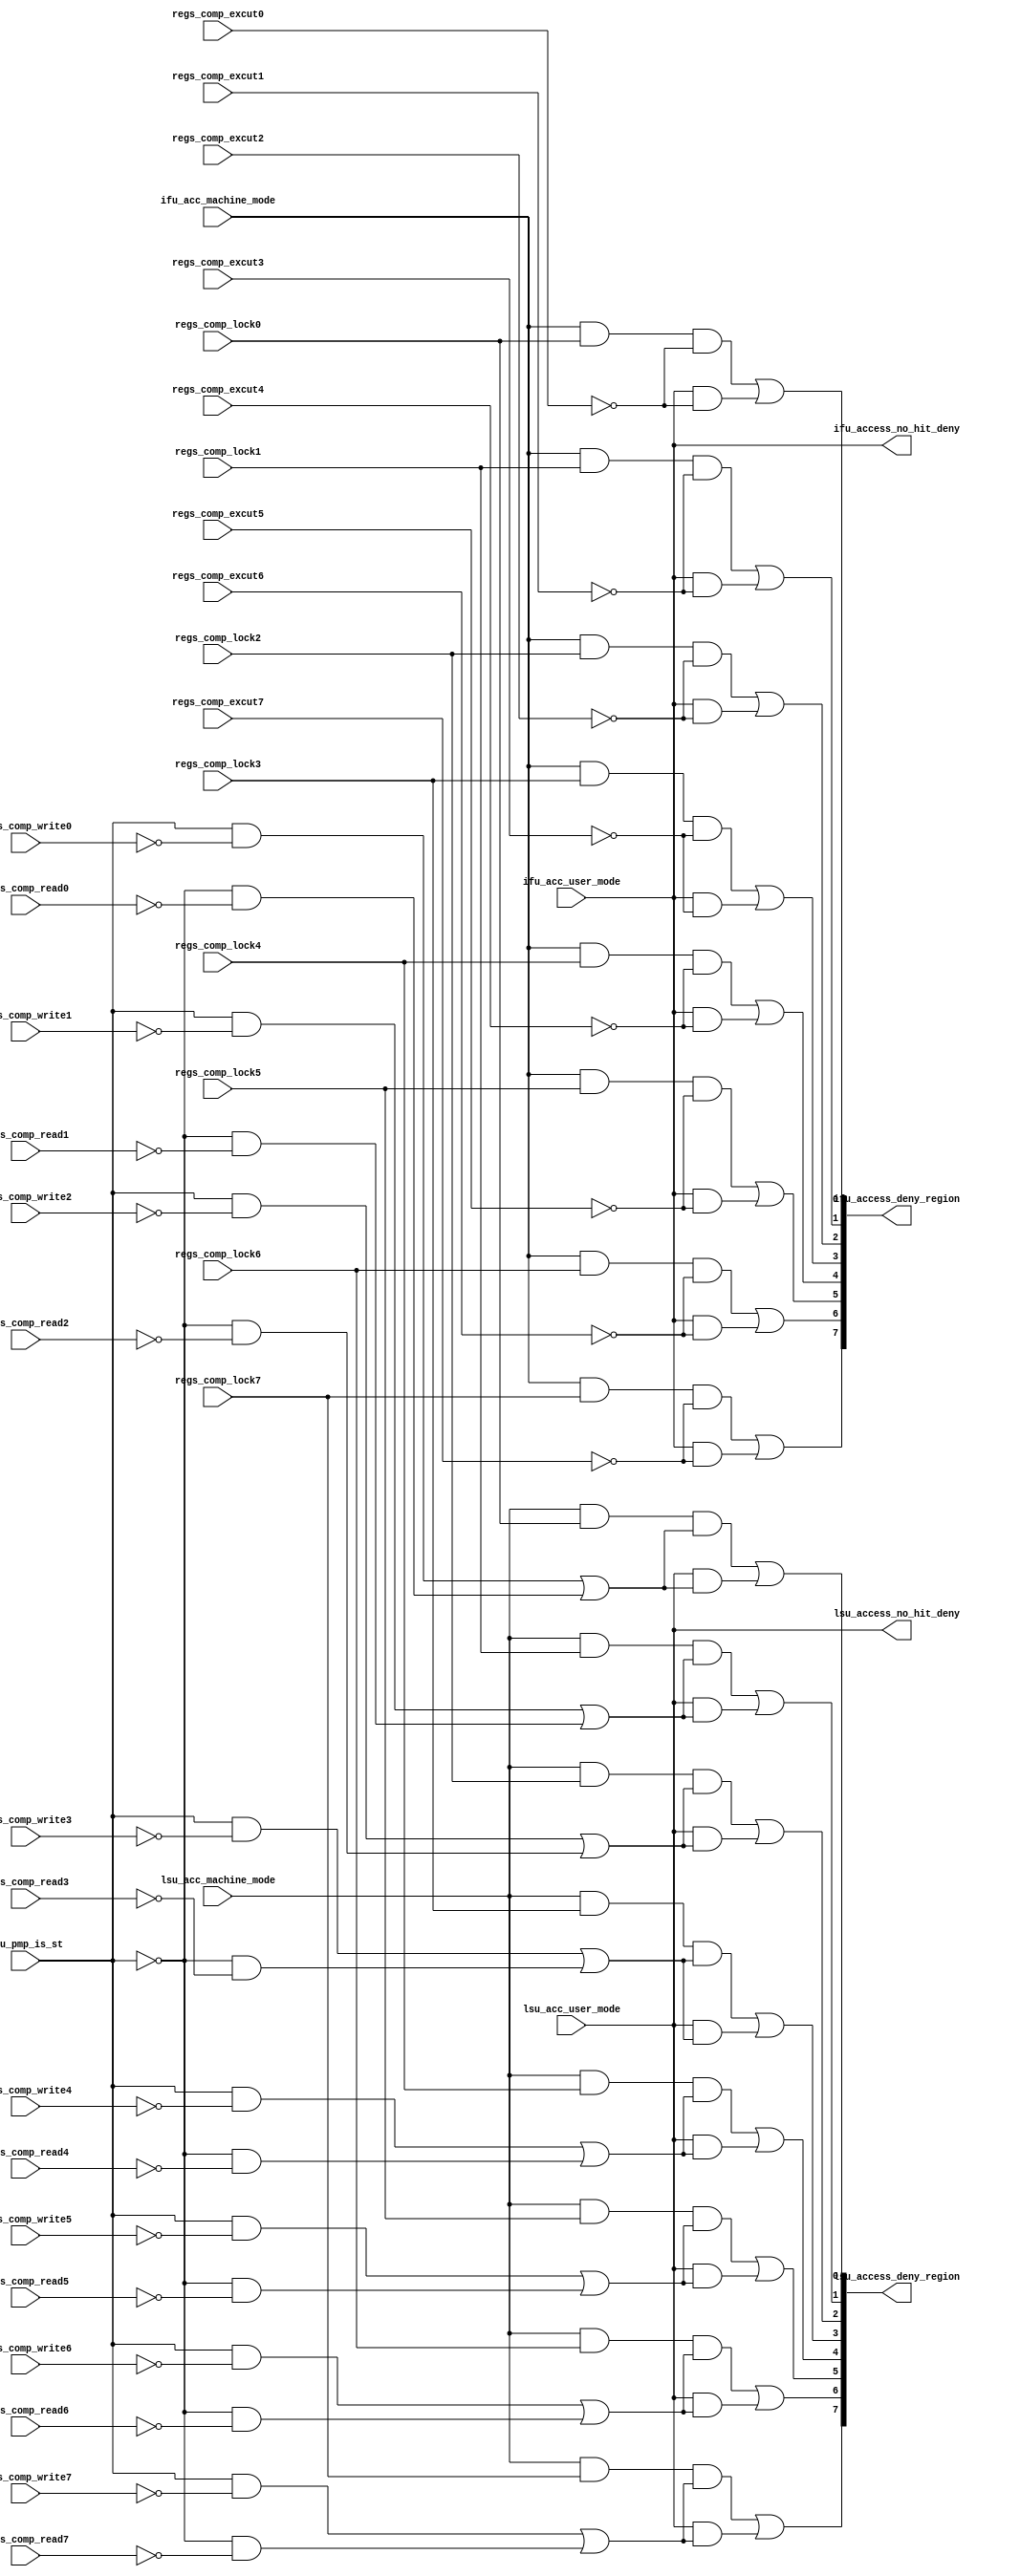
/*Copyright 2020-2021 T-Head Semiconductor Co., Ltd.

Licensed under the Apache License, Version 2.0 (the "License");
you may not use this file except in compliance with the License.
You may obtain a copy of the License at

    http://www.apache.org/licenses/LICENSE-2.0

Unless required by applicable law or agreed to in writing, software
distributed under the License is distributed on an "AS IS" BASIS,
WITHOUT WARRANTIES OR CONDITIONS OF ANY KIND, either express or implied.
See the License for the specific language governing permissions and
limitations under the License.
*/
module pa_pmp_acc_arb(
  ifu_acc_machine_mode,
  ifu_acc_user_mode,
  ifu_access_deny_region,
  ifu_access_no_hit_deny,
  lsu_acc_machine_mode,
  lsu_acc_user_mode,
  lsu_access_deny_region,
  lsu_access_no_hit_deny,
  lsu_pmp_is_st,
  regs_comp_excut0,
  regs_comp_excut1,
  regs_comp_excut2,
  regs_comp_excut3,
  regs_comp_excut4,
  regs_comp_excut5,
  regs_comp_excut6,
  regs_comp_excut7,
  regs_comp_lock0,
  regs_comp_lock1,
  regs_comp_lock2,
  regs_comp_lock3,
  regs_comp_lock4,
  regs_comp_lock5,
  regs_comp_lock6,
  regs_comp_lock7,
  regs_comp_read0,
  regs_comp_read1,
  regs_comp_read2,
  regs_comp_read3,
  regs_comp_read4,
  regs_comp_read5,
  regs_comp_read6,
  regs_comp_read7,
  regs_comp_write0,
  regs_comp_write1,
  regs_comp_write2,
  regs_comp_write3,
  regs_comp_write4,
  regs_comp_write5,
  regs_comp_write6,
  regs_comp_write7
);

// &Ports; @25
input          ifu_acc_machine_mode;  
input          ifu_acc_user_mode;     
input          lsu_acc_machine_mode;  
input          lsu_acc_user_mode;     
input          lsu_pmp_is_st;         
input          regs_comp_excut0;      
input          regs_comp_excut1;      
input          regs_comp_excut2;      
input          regs_comp_excut3;      
input          regs_comp_excut4;      
input          regs_comp_excut5;      
input          regs_comp_excut6;      
input          regs_comp_excut7;      
input          regs_comp_lock0;       
input          regs_comp_lock1;       
input          regs_comp_lock2;       
input          regs_comp_lock3;       
input          regs_comp_lock4;       
input          regs_comp_lock5;       
input          regs_comp_lock6;       
input          regs_comp_lock7;       
input          regs_comp_read0;       
input          regs_comp_read1;       
input          regs_comp_read2;       
input          regs_comp_read3;       
input          regs_comp_read4;       
input          regs_comp_read5;       
input          regs_comp_read6;       
input          regs_comp_read7;       
input          regs_comp_write0;      
input          regs_comp_write1;      
input          regs_comp_write2;      
input          regs_comp_write3;      
input          regs_comp_write4;      
input          regs_comp_write5;      
input          regs_comp_write6;      
input          regs_comp_write7;      
output  [7:0]  ifu_access_deny_region; 
output         ifu_access_no_hit_deny; 
output  [7:0]  lsu_access_deny_region; 
output         lsu_access_no_hit_deny; 

// &Regs; @26

// &Wires; @27
wire           ifu_acc_machine_mode;  
wire           ifu_acc_user_mode;     
wire           ifu_access_deny0;      
wire           ifu_access_deny1;      
wire           ifu_access_deny2;      
wire           ifu_access_deny3;      
wire           ifu_access_deny4;      
wire           ifu_access_deny5;      
wire           ifu_access_deny6;      
wire           ifu_access_deny7;      
wire    [7:0]  ifu_access_deny_region; 
wire           ifu_access_no_hit_deny; 
wire           lsu_acc_machine_mode;  
wire           lsu_acc_user_mode;     
wire           lsu_access_deny0;      
wire           lsu_access_deny1;      
wire           lsu_access_deny2;      
wire           lsu_access_deny3;      
wire           lsu_access_deny4;      
wire           lsu_access_deny5;      
wire           lsu_access_deny6;      
wire           lsu_access_deny7;      
wire    [7:0]  lsu_access_deny_region; 
wire           lsu_access_no_hit_deny; 
wire           lsu_pmp_is_st;         
wire           regs_comp_excut0;      
wire           regs_comp_excut1;      
wire           regs_comp_excut2;      
wire           regs_comp_excut3;      
wire           regs_comp_excut4;      
wire           regs_comp_excut5;      
wire           regs_comp_excut6;      
wire           regs_comp_excut7;      
wire           regs_comp_lock0;       
wire           regs_comp_lock1;       
wire           regs_comp_lock2;       
wire           regs_comp_lock3;       
wire           regs_comp_lock4;       
wire           regs_comp_lock5;       
wire           regs_comp_lock6;       
wire           regs_comp_lock7;       
wire           regs_comp_read0;       
wire           regs_comp_read1;       
wire           regs_comp_read2;       
wire           regs_comp_read3;       
wire           regs_comp_read4;       
wire           regs_comp_read5;       
wire           regs_comp_read6;       
wire           regs_comp_read7;       
wire           regs_comp_write0;      
wire           regs_comp_write1;      
wire           regs_comp_write2;      
wire           regs_comp_write3;      
wire           regs_comp_write4;      
wire           regs_comp_write5;      
wire           regs_comp_write6;      
wire           regs_comp_write7;      




//-----------------------------------------
// Checks the access attribute with no entry hit
//-----------------------------------------
assign ifu_access_no_hit_deny = ifu_acc_user_mode;
assign lsu_access_no_hit_deny = lsu_acc_user_mode;

//-----------------------------------------
// Checks the access attribute of region 0
//-----------------------------------------
//IFU deny will be generated when:
//1. ifu access in machine mode:
//(1) PMP entry is locked 
//(2) PMP entry is not executeable
//2. ifu access in user mode:
//(2) PMP entry is not executeable
assign ifu_access_deny_region[0] = ifu_access_deny0;
assign ifu_access_deny0          = ifu_acc_machine_mode && regs_comp_lock0 && !regs_comp_excut0
                                || ifu_acc_user_mode && !regs_comp_excut0;

//LSU deny will be generated when:
//1.lsu access in machine mode:
//(1) PMP entry is locked
//(2) access is load and PMP entry is not readable
//    access is store and PMP entry is not writeable
//2.lsu access in user mode:
//(1) access is load and PMP entry is not readable
//    access is store and PMP entry is not writeable
assign lsu_access_deny_region[0] = lsu_access_deny0;
assign lsu_access_deny0          = lsu_acc_machine_mode && regs_comp_lock0 
                                   && (lsu_pmp_is_st && !regs_comp_write0 
                                       || !lsu_pmp_is_st && !regs_comp_read0)
                                || lsu_acc_user_mode                              
                                   && (lsu_pmp_is_st && !regs_comp_write0 
                                       || !lsu_pmp_is_st && !regs_comp_read0);

//-----------------------------------------
// Checks the access attribute of region 1
//-----------------------------------------
assign ifu_access_deny_region[1] = ifu_access_deny1;
assign lsu_access_deny_region[1] = lsu_access_deny1;
assign ifu_access_deny1          = ifu_acc_machine_mode && regs_comp_lock1 && !regs_comp_excut1
                                || ifu_acc_user_mode && !regs_comp_excut1;

assign lsu_access_deny1          = lsu_acc_machine_mode && regs_comp_lock1 
                                   && (lsu_pmp_is_st && !regs_comp_write1 
                                       || !lsu_pmp_is_st && !regs_comp_read1)
                                || lsu_acc_user_mode                              
                                   && (lsu_pmp_is_st && !regs_comp_write1 
                                       || !lsu_pmp_is_st && !regs_comp_read1);

//-----------------------------------------
// Checks the access attribute of region 2
//-----------------------------------------
assign ifu_access_deny_region[2] = ifu_access_deny2;
assign lsu_access_deny_region[2] = lsu_access_deny2;
assign ifu_access_deny2          = ifu_acc_machine_mode && regs_comp_lock2 && !regs_comp_excut2
                                || ifu_acc_user_mode && !regs_comp_excut2;

assign lsu_access_deny2          = lsu_acc_machine_mode && regs_comp_lock2 
                                   && (lsu_pmp_is_st && !regs_comp_write2 
                                       || !lsu_pmp_is_st && !regs_comp_read2)
                                || lsu_acc_user_mode                              
                                   && (lsu_pmp_is_st && !regs_comp_write2 
                                       || !lsu_pmp_is_st && !regs_comp_read2);

//-----------------------------------------
// Checks the access attribute of region 3
//-----------------------------------------
assign ifu_access_deny_region[3] = ifu_access_deny3;
assign lsu_access_deny_region[3] = lsu_access_deny3;

assign ifu_access_deny3          = ifu_acc_machine_mode && regs_comp_lock3 && !regs_comp_excut3
                                || ifu_acc_user_mode && !regs_comp_excut3;

assign lsu_access_deny3          = lsu_acc_machine_mode && regs_comp_lock3 
                                   && (lsu_pmp_is_st && !regs_comp_write3 
                                       || !lsu_pmp_is_st && !regs_comp_read3)
                                || lsu_acc_user_mode                              
                                   && (lsu_pmp_is_st && !regs_comp_write3 
                                       || !lsu_pmp_is_st && !regs_comp_read3);

//-----------------------------------------
// Checks the access attribute of region 4
//-----------------------------------------
assign ifu_access_deny_region[4] = ifu_access_deny4;
assign lsu_access_deny_region[4] = lsu_access_deny4;

assign ifu_access_deny4          = ifu_acc_machine_mode && regs_comp_lock4 && !regs_comp_excut4
                                || ifu_acc_user_mode && !regs_comp_excut4;

assign lsu_access_deny4          = lsu_acc_machine_mode && regs_comp_lock4 
                                   && (lsu_pmp_is_st && !regs_comp_write4 
                                       || !lsu_pmp_is_st && !regs_comp_read4)
                                || lsu_acc_user_mode                              
                                   && (lsu_pmp_is_st && !regs_comp_write4 
                                       || !lsu_pmp_is_st && !regs_comp_read4);

//-----------------------------------------
// Checks the access attribute of region 5
//-----------------------------------------
assign ifu_access_deny_region[5] = ifu_access_deny5;
assign lsu_access_deny_region[5] = lsu_access_deny5;

assign ifu_access_deny5          = ifu_acc_machine_mode && regs_comp_lock5 && !regs_comp_excut5
                                || ifu_acc_user_mode && !regs_comp_excut5;

assign lsu_access_deny5          = lsu_acc_machine_mode && regs_comp_lock5 
                                   && (lsu_pmp_is_st && !regs_comp_write5 
                                       || !lsu_pmp_is_st && !regs_comp_read5)
                                || lsu_acc_user_mode                              
                                   && (lsu_pmp_is_st && !regs_comp_write5 
                                       || !lsu_pmp_is_st && !regs_comp_read5);                

//-----------------------------------------
// Checks the access attribute of region 6
//-----------------------------------------
assign ifu_access_deny_region[6] = ifu_access_deny6;
assign lsu_access_deny_region[6] = lsu_access_deny6;

assign ifu_access_deny6          = ifu_acc_machine_mode && regs_comp_lock6 && !regs_comp_excut6
                                || ifu_acc_user_mode && !regs_comp_excut6;

assign lsu_access_deny6          = lsu_acc_machine_mode && regs_comp_lock6 
                                   && (lsu_pmp_is_st && !regs_comp_write6 
                                       || !lsu_pmp_is_st && !regs_comp_read6)
                                || lsu_acc_user_mode                              
                                   && (lsu_pmp_is_st && !regs_comp_write6 
                                       || !lsu_pmp_is_st && !regs_comp_read6);
                                       
//-----------------------------------------
// Checks the access attribute of region 7
//-----------------------------------------
assign ifu_access_deny_region[7] = ifu_access_deny7;
assign lsu_access_deny_region[7] = lsu_access_deny7;

assign ifu_access_deny7          = ifu_acc_machine_mode && regs_comp_lock7 && !regs_comp_excut7
                                || ifu_acc_user_mode && !regs_comp_excut7;

assign lsu_access_deny7          = lsu_acc_machine_mode && regs_comp_lock7 
                                   && (lsu_pmp_is_st && !regs_comp_write7 
                                       || !lsu_pmp_is_st && !regs_comp_read7)
                                || lsu_acc_user_mode                              
                                   && (lsu_pmp_is_st && !regs_comp_write7 
                                       || !lsu_pmp_is_st && !regs_comp_read7);









// &ModuleEnd; @483
endmodule